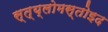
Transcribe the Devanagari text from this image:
स्त्य्लोमस्तोइद